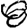
Digit: 8